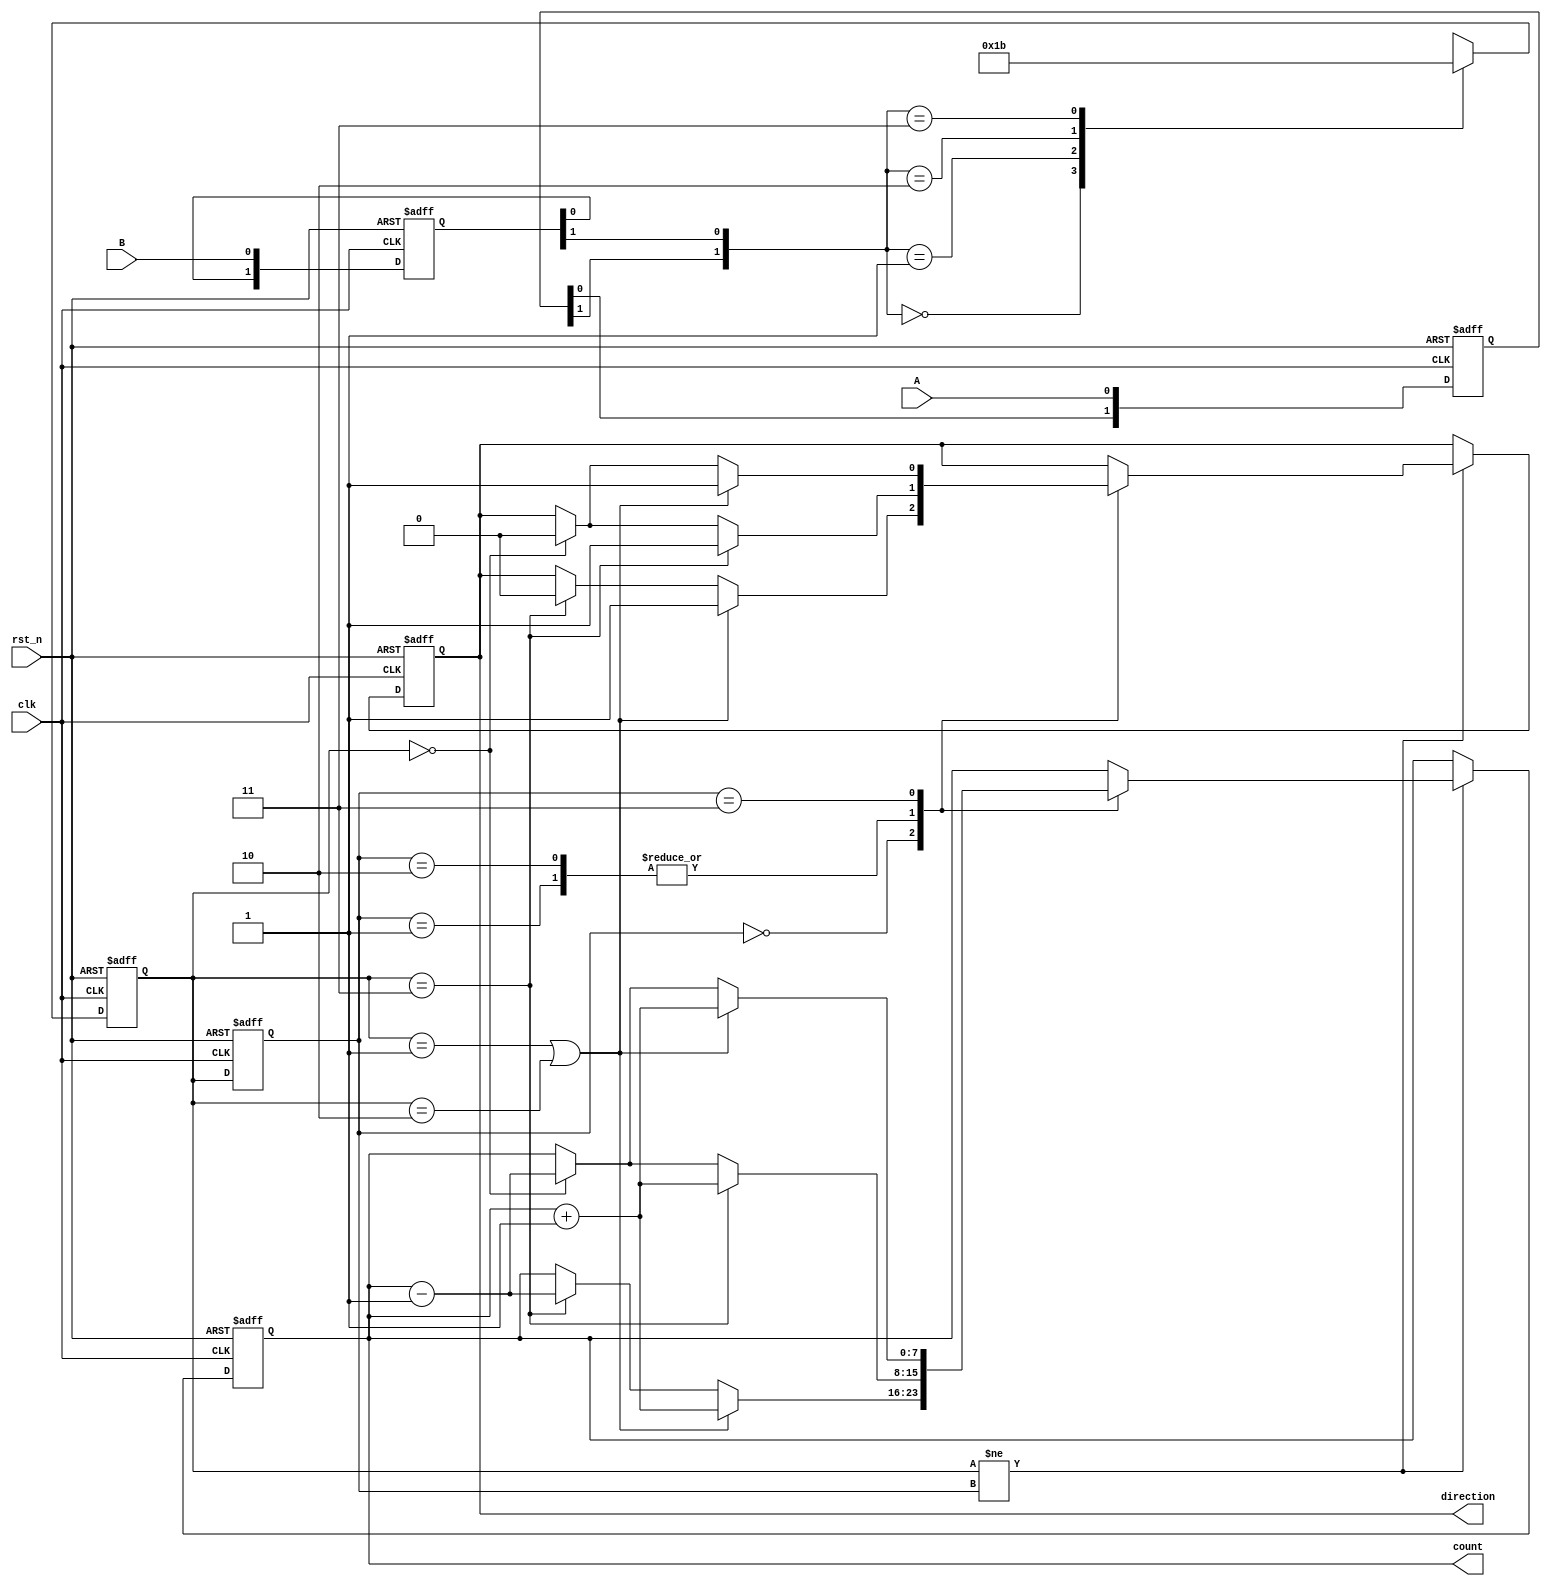
module rotary_encoder (
    input wire clk,        // Clock signal
    input wire rst_n,     // Active-low reset
    input wire A,         // Current position signal A
    input wire B,         // Current position signal B
    output reg direction,  // 1 for clockwise, 0 for counterclockwise
    output reg [7:0] count // 8-bit counter for pulse count
);

    reg [1:0] state;      // Current state
    reg [1:0] last_state; // Last state for edge detection

    // State encoding
    localparam STATE_00 = 2'b00;
    localparam STATE_01 = 2'b01;
    localparam STATE_10 = 2'b10;
    localparam STATE_11 = 2'b11;

    // Debouncing logic (using a simple synchronous reset)
    reg [1:0] A_sync, B_sync;

    always @(posedge clk or negedge rst_n) begin
        if (!rst_n) begin
            A_sync <= 2'b00;
            B_sync <= 2'b00;
            state <= STATE_00;
            last_state <= STATE_00;
            count <= 8'b0;
            direction <= 1'b0; // Default to clockwise
        end else begin
            // Synchronize A and B inputs
            A_sync <= {A_sync[0], A};
            B_sync <= {B_sync[0], B};

            // Detect the current state based on synchronized inputs
            case ({A_sync[1], B_sync[1]})
                2'b00: state <= STATE_00;
                2'b01: state <= STATE_01;
                2'b10: state <= STATE_10;
                2'b11: state <= STATE_11;
                default: state <= STATE_00; // Fallback
            endcase

            // Edge detection and counting logic
            if (state != last_state) begin
                case (last_state)
                    STATE_00: begin
                        if (state == STATE_01 || state == STATE_10) begin
                            direction <= 1'b1; // Clockwise
                            count <= count + 1;
                        end else if (state == STATE_11) begin
                            direction <= 1'b0; // Counterclockwise
                            count <= count - 1;
                        end
                    end
                    STATE_01: begin
                        if (state == STATE_11) begin
                            direction <= 1'b1; // Clockwise
                            count <= count + 1;
                        end else if (state == STATE_00) begin
                            direction <= 1'b0; // Counterclockwise
                            count <= count - 1;
                        end
                    end
                    STATE_10: begin
                        if (state == STATE_11) begin
                            direction <= 1'b1; // Clockwise
                            count <= count + 1;
                        end else if (state == STATE_00) begin
                            direction <= 1'b0; // Counterclockwise
                            count <= count - 1;
                        end
                    end
                    STATE_11: begin
                        if (state == STATE_10 || state == STATE_01) begin
                            direction <= 1'b1; // Clockwise
                            count <= count + 1;
                        end else if (state == STATE_00) begin
                            direction <= 1'b0; // Counterclockwise
                            count <= count - 1;
                        end
                    end
                endcase
            end

            // Update last_state for the next iteration
            last_state <= state;
        end
    end
endmodule